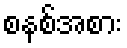
စနစ်အစား